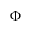
\Phi